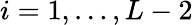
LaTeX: i=1,\ldots,L-2